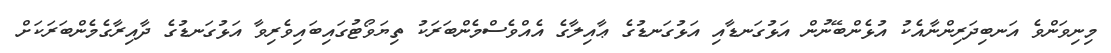
މިނިވަންވެ އަނބިދަރިންނާއެކު އުޅެންބޭނުން އަޅުގަނޑާއި އަޅުގަނޑުގެ ޢާއިލާގެ އެއްވެސްމެންބަރަކު ތިޔަވޯޓުގައިބައިވެރިވާ އަޅުގަނޑުގެ ދާއިރާގެމެންބަރަކަށް